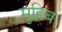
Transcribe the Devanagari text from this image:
मुहिब